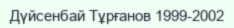
Дүйсенбай Тұрғанов 1999-2002